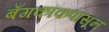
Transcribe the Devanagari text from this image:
बँगकॉकपासून